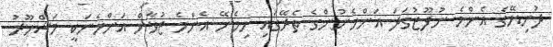
ދުނިޔޭގެ އެންމެ ނުފޫޒުގަދަ އަންހެނުންގެ ތެރޭގައި ހިމެނޭ އެންމެ ޒުވާން އަންހެނަކީ މަޝްހޫރު